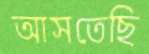
আসতেছি